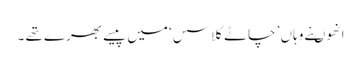
انھوںنے وہاں ’ چاٹے کلاسس‘ میں پیسے بھرے تھے ۔